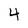
Character: 4